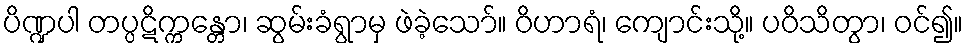
ပိဏ္ဍပါ တပ္ပဋိက္ကန္တော၊ ဆွမ်းခံရွာမှ ဖဲခဲ့သော်။ ဝိဟာရံ၊ ကျောင်းသို့။ ပဝိသိတွာ၊ ဝင်၍။